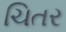
ચિતર